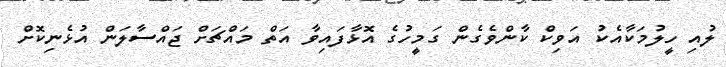
ލުއި ހީލުމަކާއެކު އަވިކް ކާންވެގެން ގަމީހުގެ އޮޅާފައިވާ އަތް މައްޗަށް ޖައްސާލަން އުޅެނިކޮށް